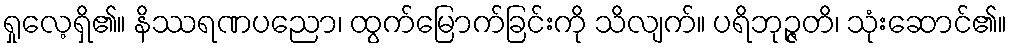
ရှုလေ့ရှိ၏။ နိဿရဏပညော၊ ထွက်မြောက်ခြင်းကို သိလျက်။ ပရိဘုဉ္ဇတိ၊ သုံးဆောင်၏။